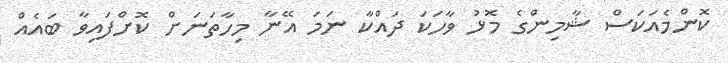
ކޮންމެއަކަސް ޝާމިންގެ މޮޅު ވާހަކަ ދައްކާ ނަމަ އޭނާ މިހާތަނަށް ކޮށްފައިވާ ބައެއް